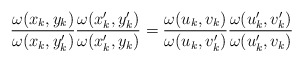
\begin{align*} \frac{\omega(x_k,y_k)}{\omega(x_k,y'_k)}\frac{\omega(x'_k,y'_k)}{\omega(x'_k,y_k)} = \frac{\omega(u_k,v_k)}{\omega(u_k,v'_k)}\frac{\omega(u'_k,v'_k)}{\omega(u'_k,v_k)} \end{align*}